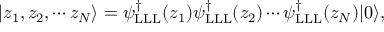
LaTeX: | z _ { 1 } , z _ { 2 } , \cdots z _ { N } \rangle = \psi _ { \mathrm { L L L } } ^ { \dag } ( z _ { 1 } ) \psi _ { \mathrm { L L L } } ^ { \dag } ( z _ { 2 } ) \cdots \psi _ { \mathrm { L L L } } ^ { \dag } ( z _ { N } ) | 0 \rangle ,